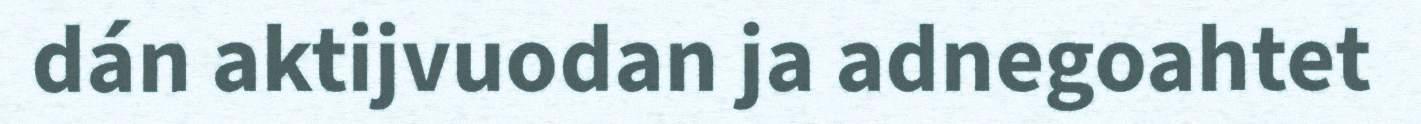
dán aktijvuodan ja adnegoahtet